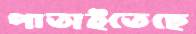
পাতাইতেছে